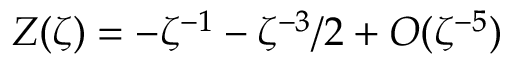
Z ( \zeta ) = - \zeta ^ { - 1 } - \zeta ^ { - 3 } / 2 + O ( \zeta ^ { - 5 } )